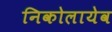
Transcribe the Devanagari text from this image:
निकोलायेव